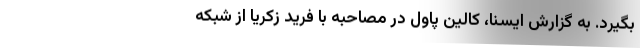
بگیرد. به گزارش ایسنا، کالین پاول در مصاحبه با فرید زکریا از شبکه